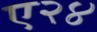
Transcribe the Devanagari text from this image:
ए२४